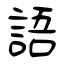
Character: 語